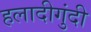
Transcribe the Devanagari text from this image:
हलादीगुंदी